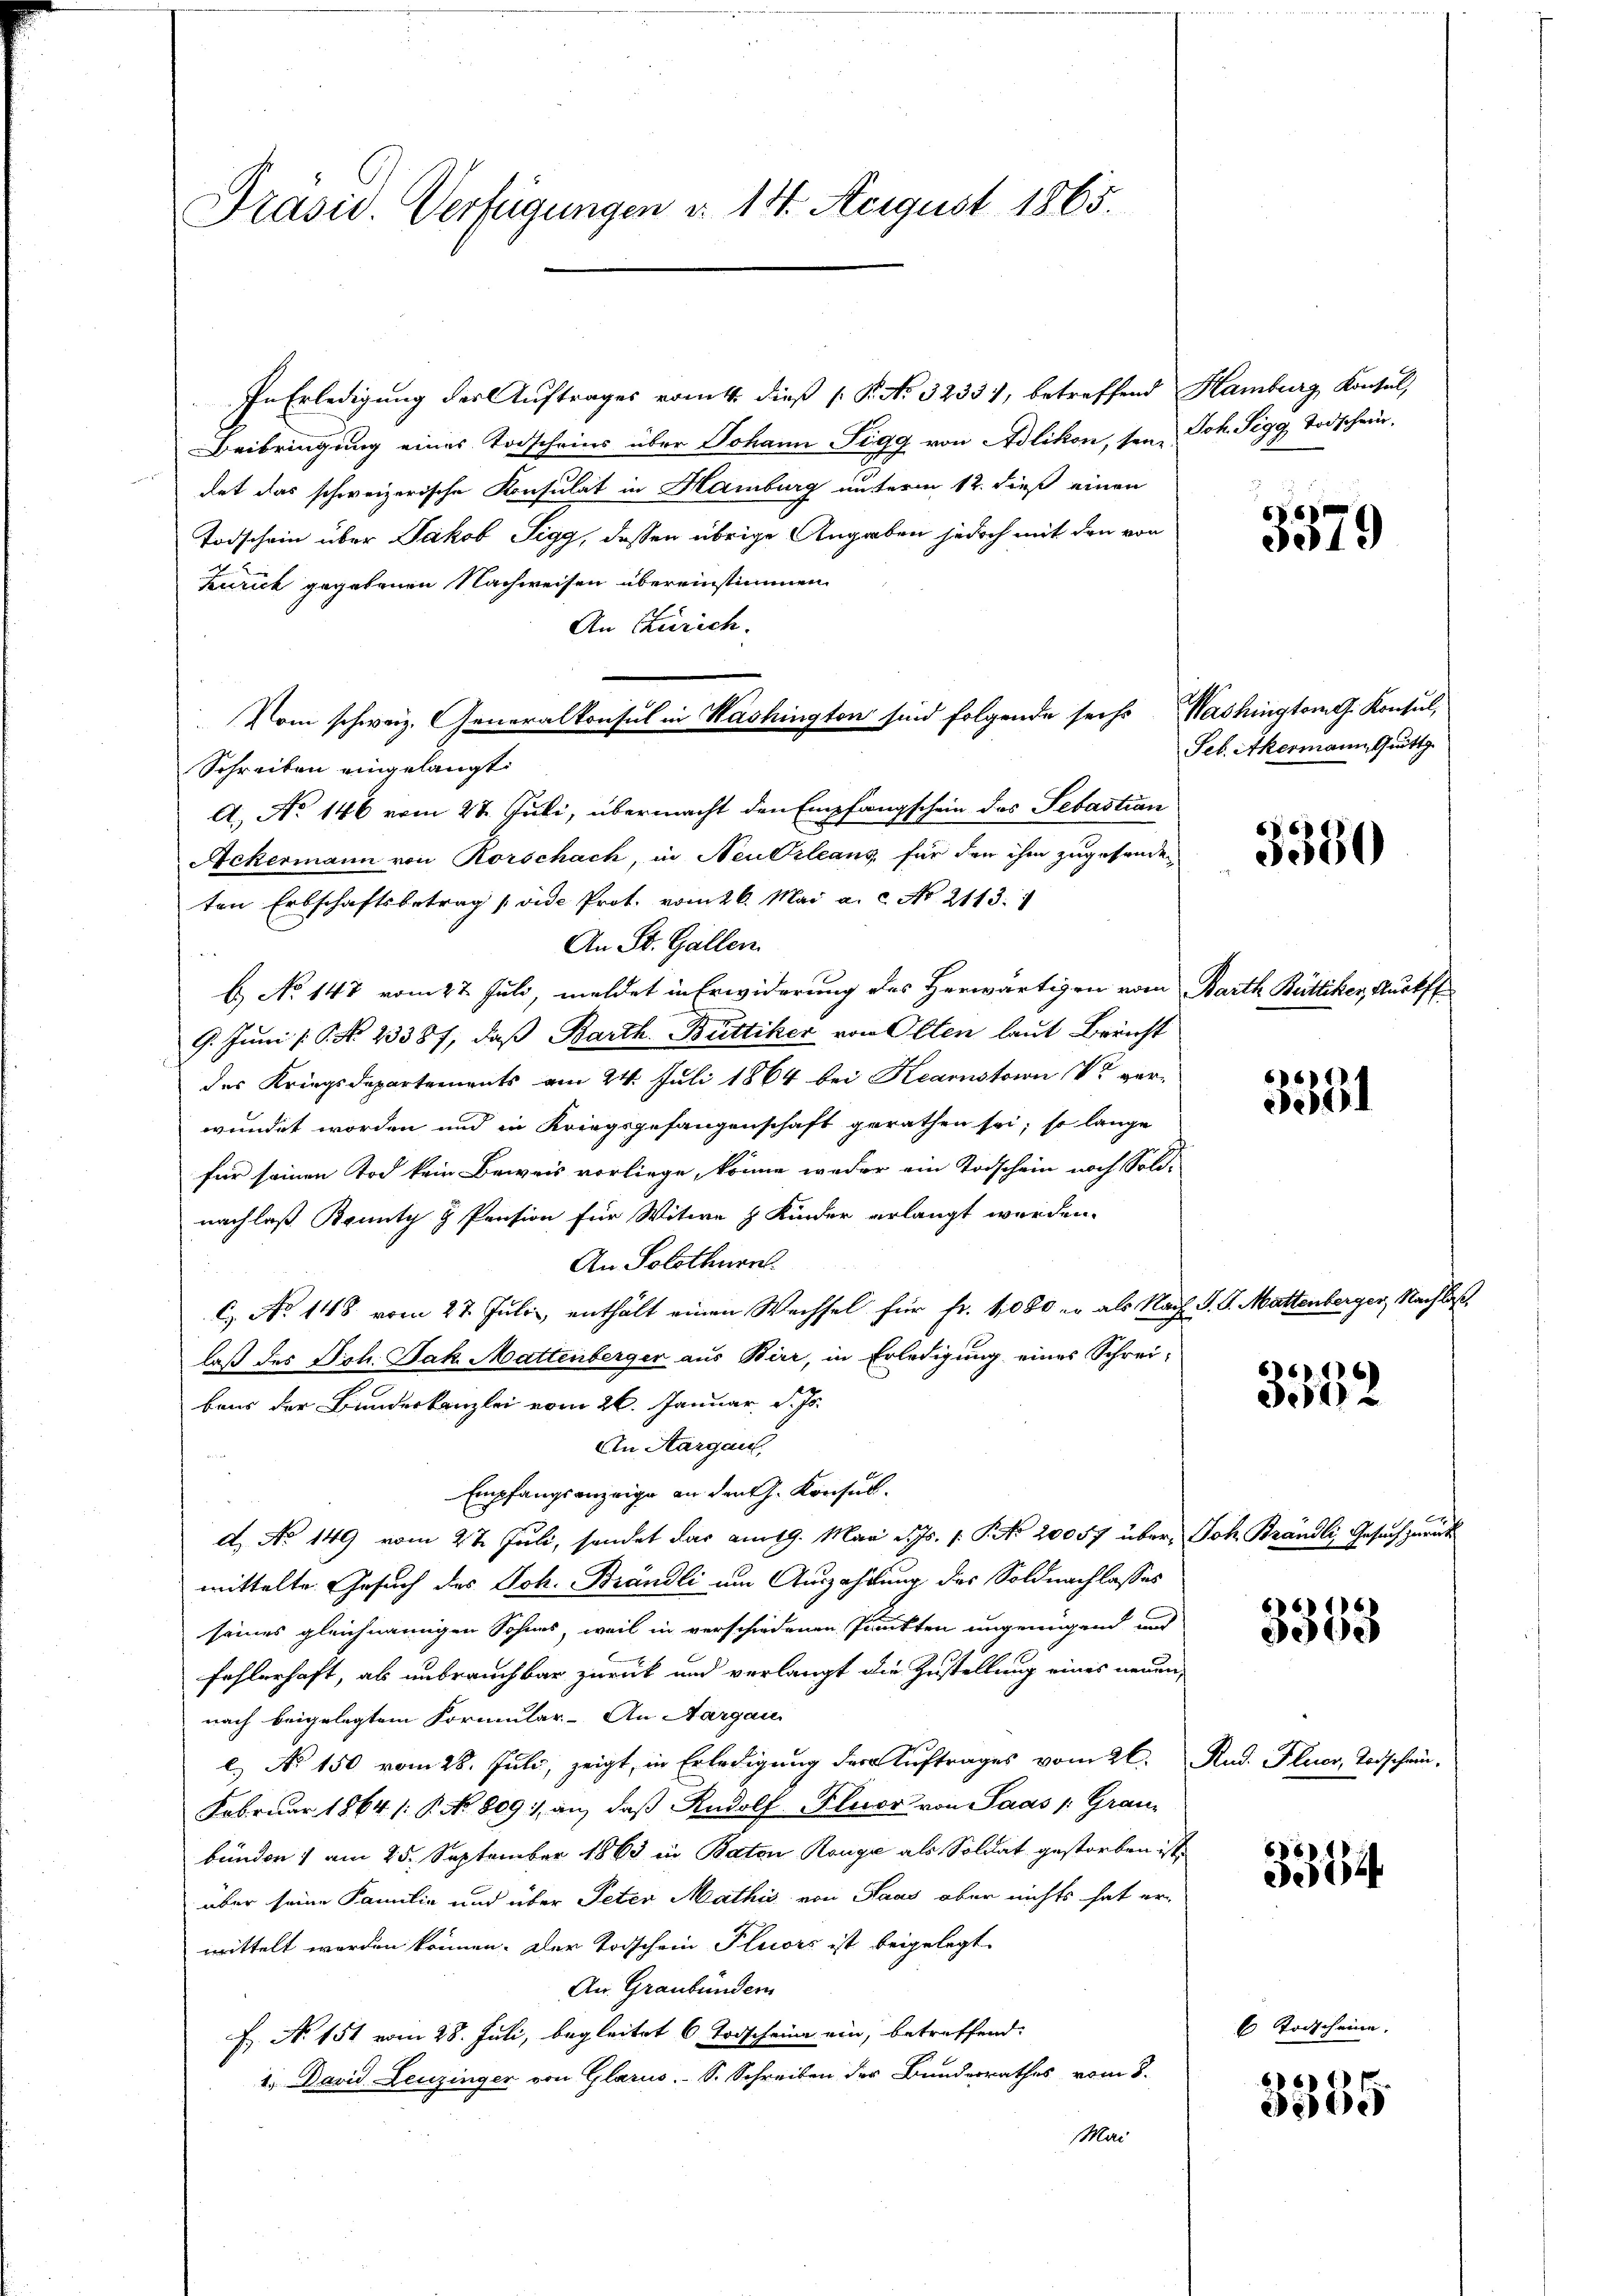
Prasid. Verfügungen d. 14. August 1865.

In Erledigung der Auftrages vom 4. dieß P. No. 32334, betreffend Hamburg, Konsul,
Beibringung eines Todscheins über Johann Sigg von Adlikon, sein, Joh. Sigg Todschwurdet das schweizerische Konsulat in Hamburg unterm 12. dieß einen
Todschein über Jakob Sigg, dessen übrige Angaben jedoch mit den von
kurick gegebenen Nachweisen übereinstimmen.
An Zürich.
Vom schweiz. Generalkonsul in Washington sind folgende sechs Washington G. Konsul,
Schreiben eingelangt:
A.) No 146 vom 28. Juli, übermacht den Empfangschein des Sebastian
Ackermann von Rorschach, in Neudrleans, für den ihm zugesondeten Erbschaftsbetrag (vide Prot. vom 26. Mai a. c. No. 2113.
An St. Gallen.
b.) No 147 vom 27. Juli, meldet in Erwiderung des Herwärtigen vom Barth Büttiker, Auskff¬
9. Juni 16. No. 23387, daß Barth. Büttiker von Olten laut Bericht
des Kriegsdepartements am 24. Juli 1864 bei Hearnstorn V ver-
wundet worden und in Kriegsgefangenschaft gerathen sei; so lange
für seinen Tod kein Beweis vorliege, könne weder ein Todschein noch Sold-
nachlaß Bounty g Pension für Witwe & Kinder erlangt werden.
An Solothurn
C. No 148 vom 27. Julii, enthält einen Wechsel für fr. 1080 er als Nach P. G. Mattenberger, Nachlaß,
laß des Joh. Jak. Mattenberger aus Bier, in Erledigung eines Schreibaus der Bundeskanzlei vom 26. Januar d. Js.
An Aargau,
Empfangsanzeige an den J. Konsul¬
A. No. 149 vom 2t Juli, sendet das am 19. Mai d. Js. [Pto 20057 über Joh. Brändli, Gesuch zurück
mittelte Gesuch des Joh. Brändli um Auszahlung des Soldnachlasses
seines gleichnamigen Sohnes, weil in verschiedenen Punkten ungenügend und
fehlerhaft, als unbrauchbar zurück und verlangt die Zustellung eines neuen,
nach beigelegtem Formular-An Aargau
l.) No 150 vom 28. Juli, zeigt, in Erledigung der Auftrages vom 26. Rud. Feuer, Todschein-
Februar 1864 /: P. No 809) an, daß Rudolf Fluor von Saas /: Grau-
bünden 1 am 25. September 1863 in Baton Range als Soldat gestorben ist.
über seine Familie und über Peter Mathis von Haus aber nichts hat er-
wittelt werden können. Der Todschein Pleors ist beigelegt.
An Graubünden
F. N. 151 vom 28. Juli, begleitet 6 Todscheine ein, betreffend:
1.) David Leuzinger von Glarus. S. Schreiben der Bunderrathes vom 8.
Mai

3379

Seb. Akermann, Quittg

3350

3381

6
1

66
e

3354.

6 Todscheine.

61
e